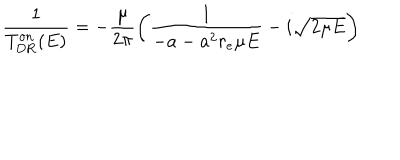
LaTeX: \frac { 1 } { T _ { \mathrm { D R } } ^ { \mathrm { o n } } ( E ) } = - \frac { \mu } { 2 \pi } \left( \frac { 1 } { - a - a ^ { 2 } r _ { e } \mu E } - i \sqrt { 2 \mu E } \right)